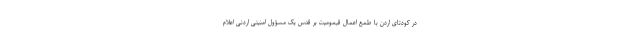
در کودتای اردن با طمع اعمال قیمومیت بر قدس یک مسؤول امنیتی اردنی اعلام